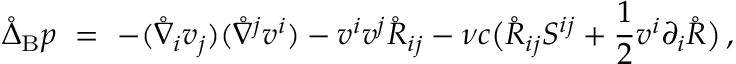
\mathring { \Delta } _ { \mathrm { B } } p \ = \ - ( \mathring { \nabla } _ { i } v _ { j } ) ( \mathring { \nabla } ^ { j } v ^ { i } ) - v ^ { i } v ^ { j } \mathring { R } _ { i j } - \nu c \big ( \mathring { R } _ { i j } S ^ { i j } + \frac 1 2 v ^ { i } \partial _ { i } \mathring { R } \big ) \, ,